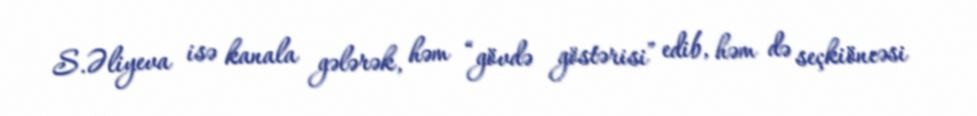
S.Əliyeva isə kanala gələrək, həm “gövdə göstərisi” edib, həm də seçkiöncəsi